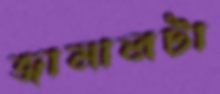
জামালটা